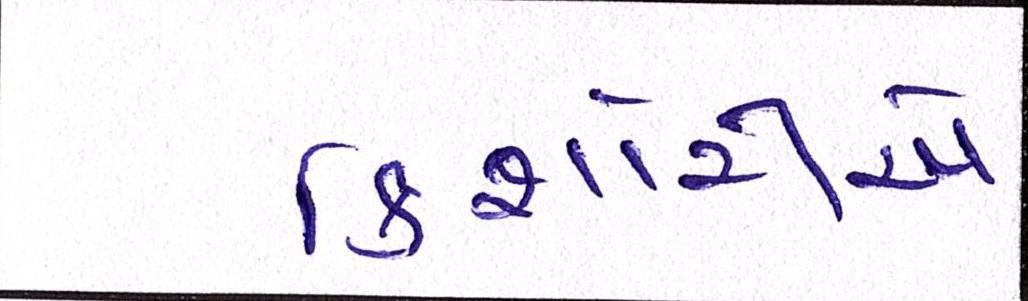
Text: કિશોરીએ